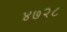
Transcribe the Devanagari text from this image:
४७२८